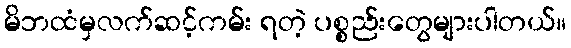
မိဘထံမှလက်ဆင့်ကမ်း ရတဲ့ ပစ္စည်းတွေများပါတယ်။